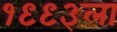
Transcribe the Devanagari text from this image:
१९९३ला